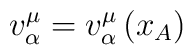
v_{\alpha}^{\mu} = v_{\alpha}^{\mu} \left( x_A \right)